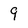
Character: 9